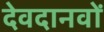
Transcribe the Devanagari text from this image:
देवदानवों